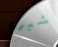
شيرل